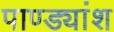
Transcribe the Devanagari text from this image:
पाण्ड्यांश